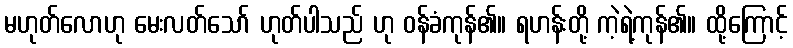
မဟုတ်လောဟု မေးလတ်သော် ဟုတ်ပါသည် ဟု ဝန်ခံကုန်၏။ ရဟန်းတို့ ကဲ့ရဲ့ကုန်၏။ ထို့ကြောင့်